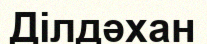
Ділдәхан